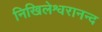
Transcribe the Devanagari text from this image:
निखिलेश्वरानन्द